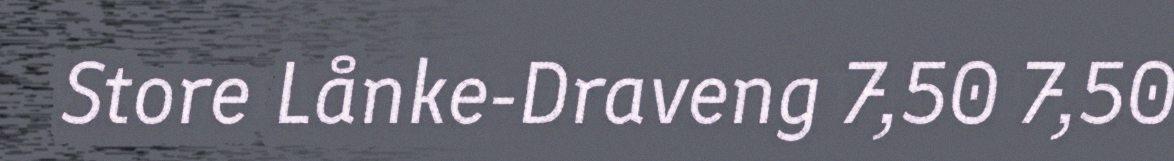
Store Lånke-Draveng 7,50 7,50